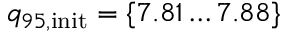
{ q _ { 9 5 , \mathrm { i n i t } } = \{ 7 . 8 1 \dots 7 . 8 8 \} }